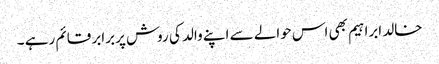
خالد ابراہیم بھی اس حوالے سے اپنے والد کی روش پربرابر قائم رہے ۔